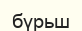
бүрьш